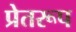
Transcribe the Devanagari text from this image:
प्रेतरूप